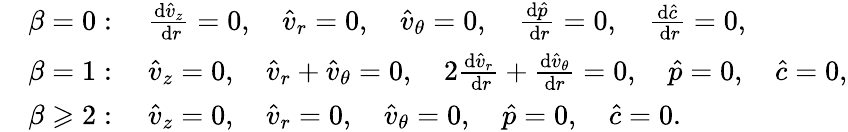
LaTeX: \begin{array}{rl}&{\beta=0:\quad\frac{\mathrm{d}\hat{v}_{z}}{\mathrm{~d}r}=0,\quad\hat{v}_{r}=0,\quad\hat{v}_{\theta}=0,\quad\frac{\mathrm{d}\hat{p}}{\mathrm{~d}r}=0,\quad\frac{\mathrm{d}\hat{c}}{\mathrm{~d}r}=0,}\\ &{\beta=1:\quad\hat{v}_{z}=0,\quad\hat{v}_{r}+\hat{v}_{\theta}=0,\quad 2\frac{\mathrm{d}\hat{v}_{r}}{\mathrm{~d}r}+\frac{\mathrm{d}\hat{v}_{\theta}}{\mathrm{d}r}=0,\quad\hat{p}=0,\quad\hat{c}=0,}\\ &{\beta\geqslant 2:\quad\hat{v}_{z}=0,\quad\hat{v}_{r}=0,\quad\hat{v}_{\theta}=0,\quad\hat{p}=0,\quad\hat{c}=0.}\end{array}